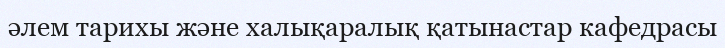
әлем тарихы және халықаралық қатынастар кафедрасы